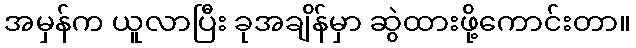
အမှန်က ယူလာပြီး ခုအချိန်မှာ ဆွဲထားဖို့ကောင်းတာ။